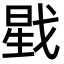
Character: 戥